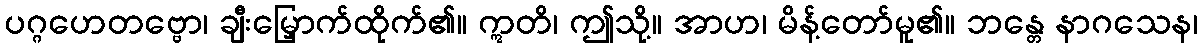
ပဂ္ဂဟေတဗ္ဗော၊ ချီးမြှောက်ထိုက်၏။ ဣတိ၊ ဤသို့။ အာဟ၊ မိန့်တော်မူ၏။ ဘန္တေ နာဂသေန၊